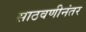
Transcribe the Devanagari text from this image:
साठवणीनंतर